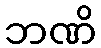
ဘဏိ